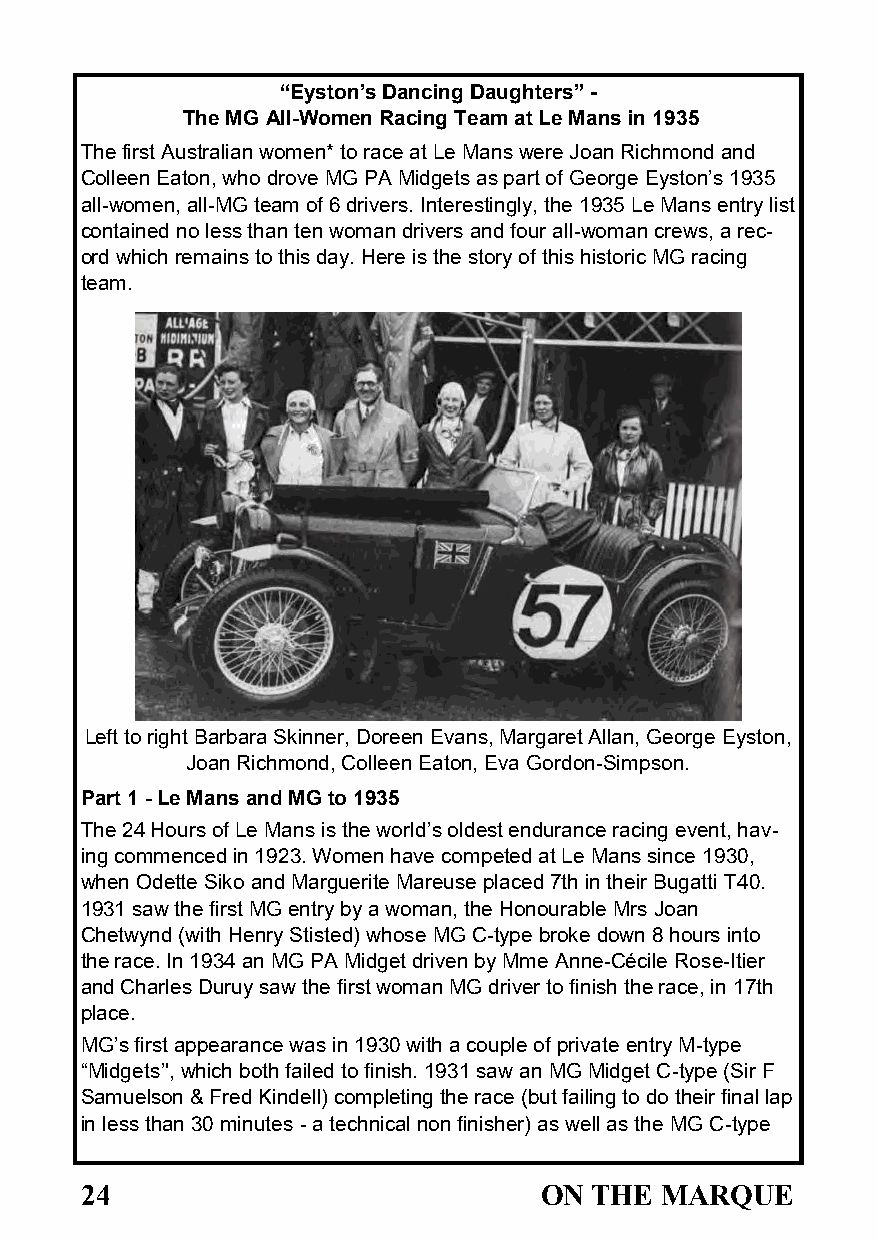
“Eyston’s Dancing Daughters” -
 The MG All-Women Racing Team at Le Mans in 1935
 The first Australian women* to race at Le Mans were Joan Richmond and
 Colleen Eaton, who drove MG PA Midgets as part of George Eyston’s 1935
 all-women, all-MG team of 6 drivers. Interestingly, the 1935 Le Mans entry list
 contained no less than ten woman drivers and four all-woman crews, a rec-
 ord which remains to this day. Here is the story of this historic MG racing
 team.
 Left to right Barbara Skinner, Doreen Evans, Margaret Allan, George Eyston,
 Joan Richmond, Colleen Eaton, Eva Gordon-Simpson.
 Part 1 - Le Mans and MG to 1935
 The 24 Hours of Le Mans is the world’s oldest endurance racing event, hav-
 ing commenced in 1923. Women have competed at Le Mans since 1930,
 when Odette Siko and Marguerite Mareuse placed 7th in their Bugatti T40.
 1931 saw the first MG entry by a woman, the Honourable Mrs Joan
 Chetwynd (with Henry Stisted) whose MG C-type broke down 8 hours into
 the race. In 1934 an MG PA Midget driven by Mme Anne-Cécile Rose-Itier
 and Charles Duruy saw the first woman MG driver to finish the race, in 17th
 place.
 MG’s first appearance was in 1930 with a couple of private entry M-type
 “Midgets’', which both failed to finish. 1931 saw an MG Midget C-type (Sir F
 Samuelson & Fred Kindell) completing the race (but failing to do their final lap
 in less than 30 minutes - a technical non finisher) as well as the MG C-type
 24                             ON THE  MARQUE